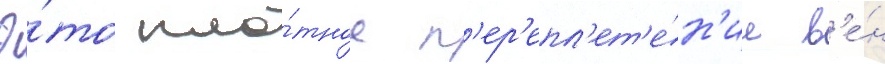
Э́то пло́тное п'ер'епл'ет'е́н'ие в'е́н